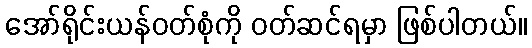
အော်ရိုင်းယန်ဝတ်စုံကို ဝတ်ဆင်ရမှာ ဖြစ်ပါတယ်။